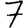
Digit: 7